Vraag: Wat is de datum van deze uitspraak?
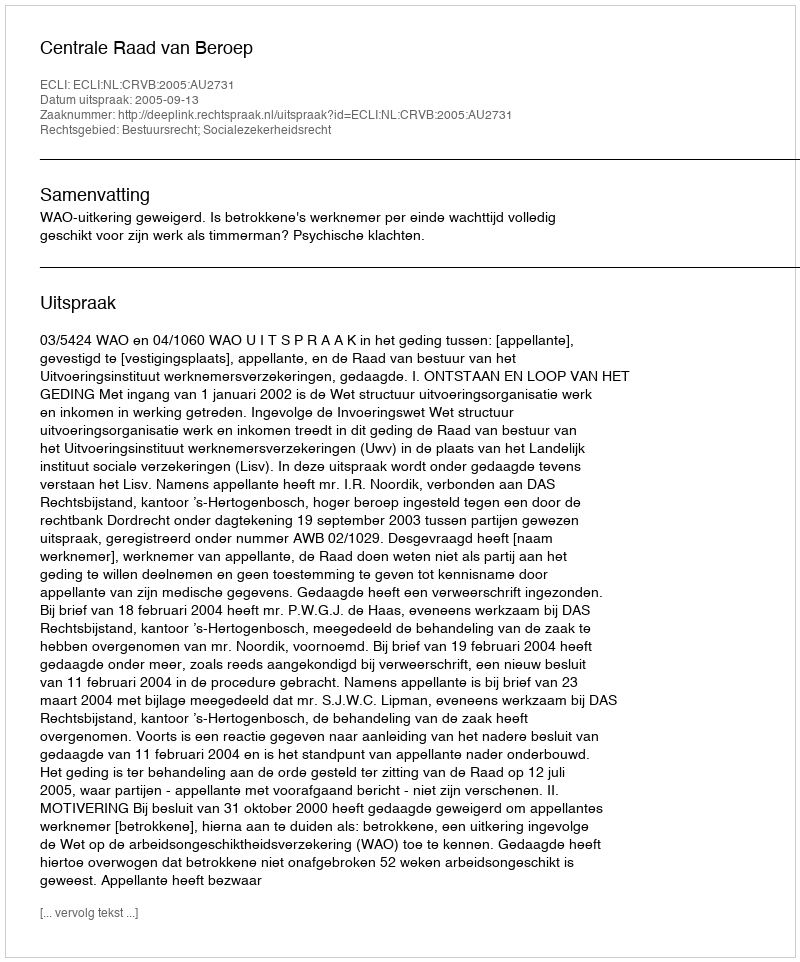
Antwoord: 2005-09-13